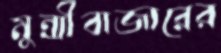
মুন্সীবাজারের